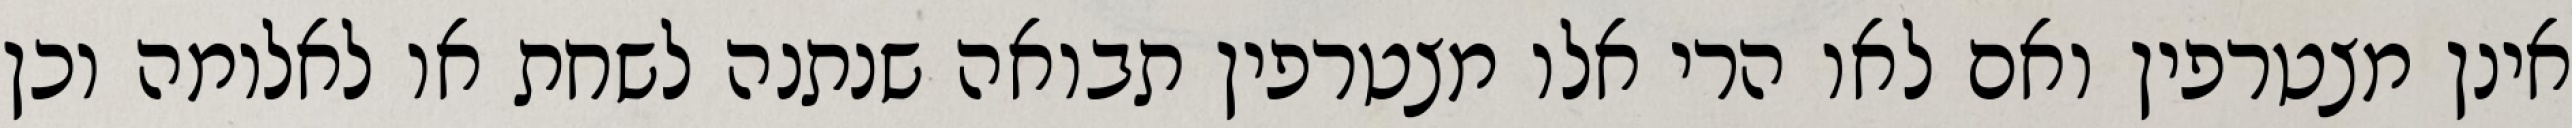
אינן מצטרפין ואם לאו הרי אלו מצטרפין תבואה שנתנה לשחת או לאלומה וכן